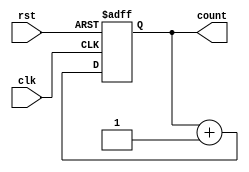
module async_reset_sync_counter #(
    parameter N = 4 // Parameter for counter bit width; default is 4 bits
)(
    input wire clk,     // Clock signal
    input wire rst,     // Asynchronous reset signal (active high)
    output reg [N-1:0] count // N-bit counter output
);

// Asynchronous reset logic
always @(posedge clk or posedge rst) begin
    if (rst) begin
        count <= 0; // Reset to zero
    end else begin
        count <= count + 1; // Increment count on clock's rising edge
    end
end

endmodule